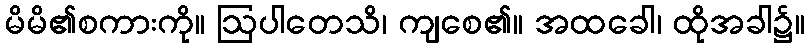
မိမိ၏စကားကို။ ဩပါတေသိ၊ ကျစေ၏။ အထခေါ၊ ထိုအခါ၌။